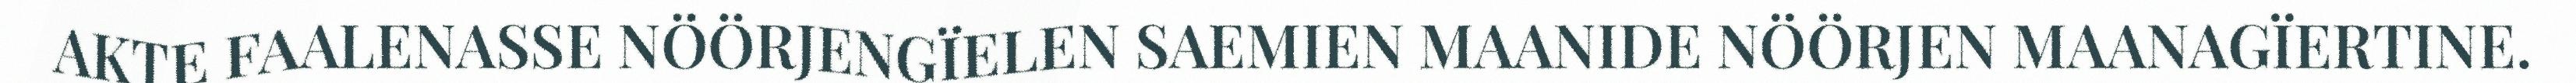
AKTE FAALENASSE NÖÖRJENGÏELEN SAEMIEN MAANIDE NÖÖRJEN MAANAGÏERTINE.